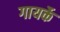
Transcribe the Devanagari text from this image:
गायर्के